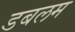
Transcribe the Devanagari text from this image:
डबलम